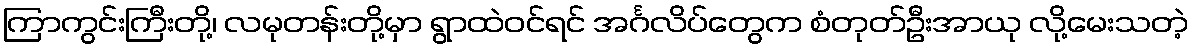
ကြာကွင်းကြီးတို့၊ လမုတန်းတို့မှာ ရွာထဲဝင်ရင် အင်္ဂလိပ်တွေက စံတုတ်ဦးအာယု လို့မေးသတဲ့